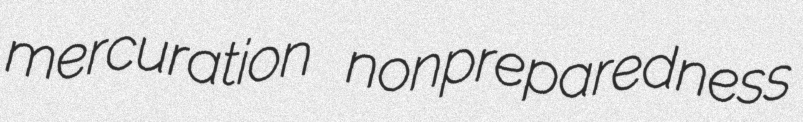
mercuration nonpreparedness